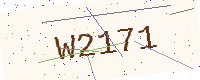
Text: W2171